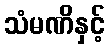
သံမဏိနှင့်